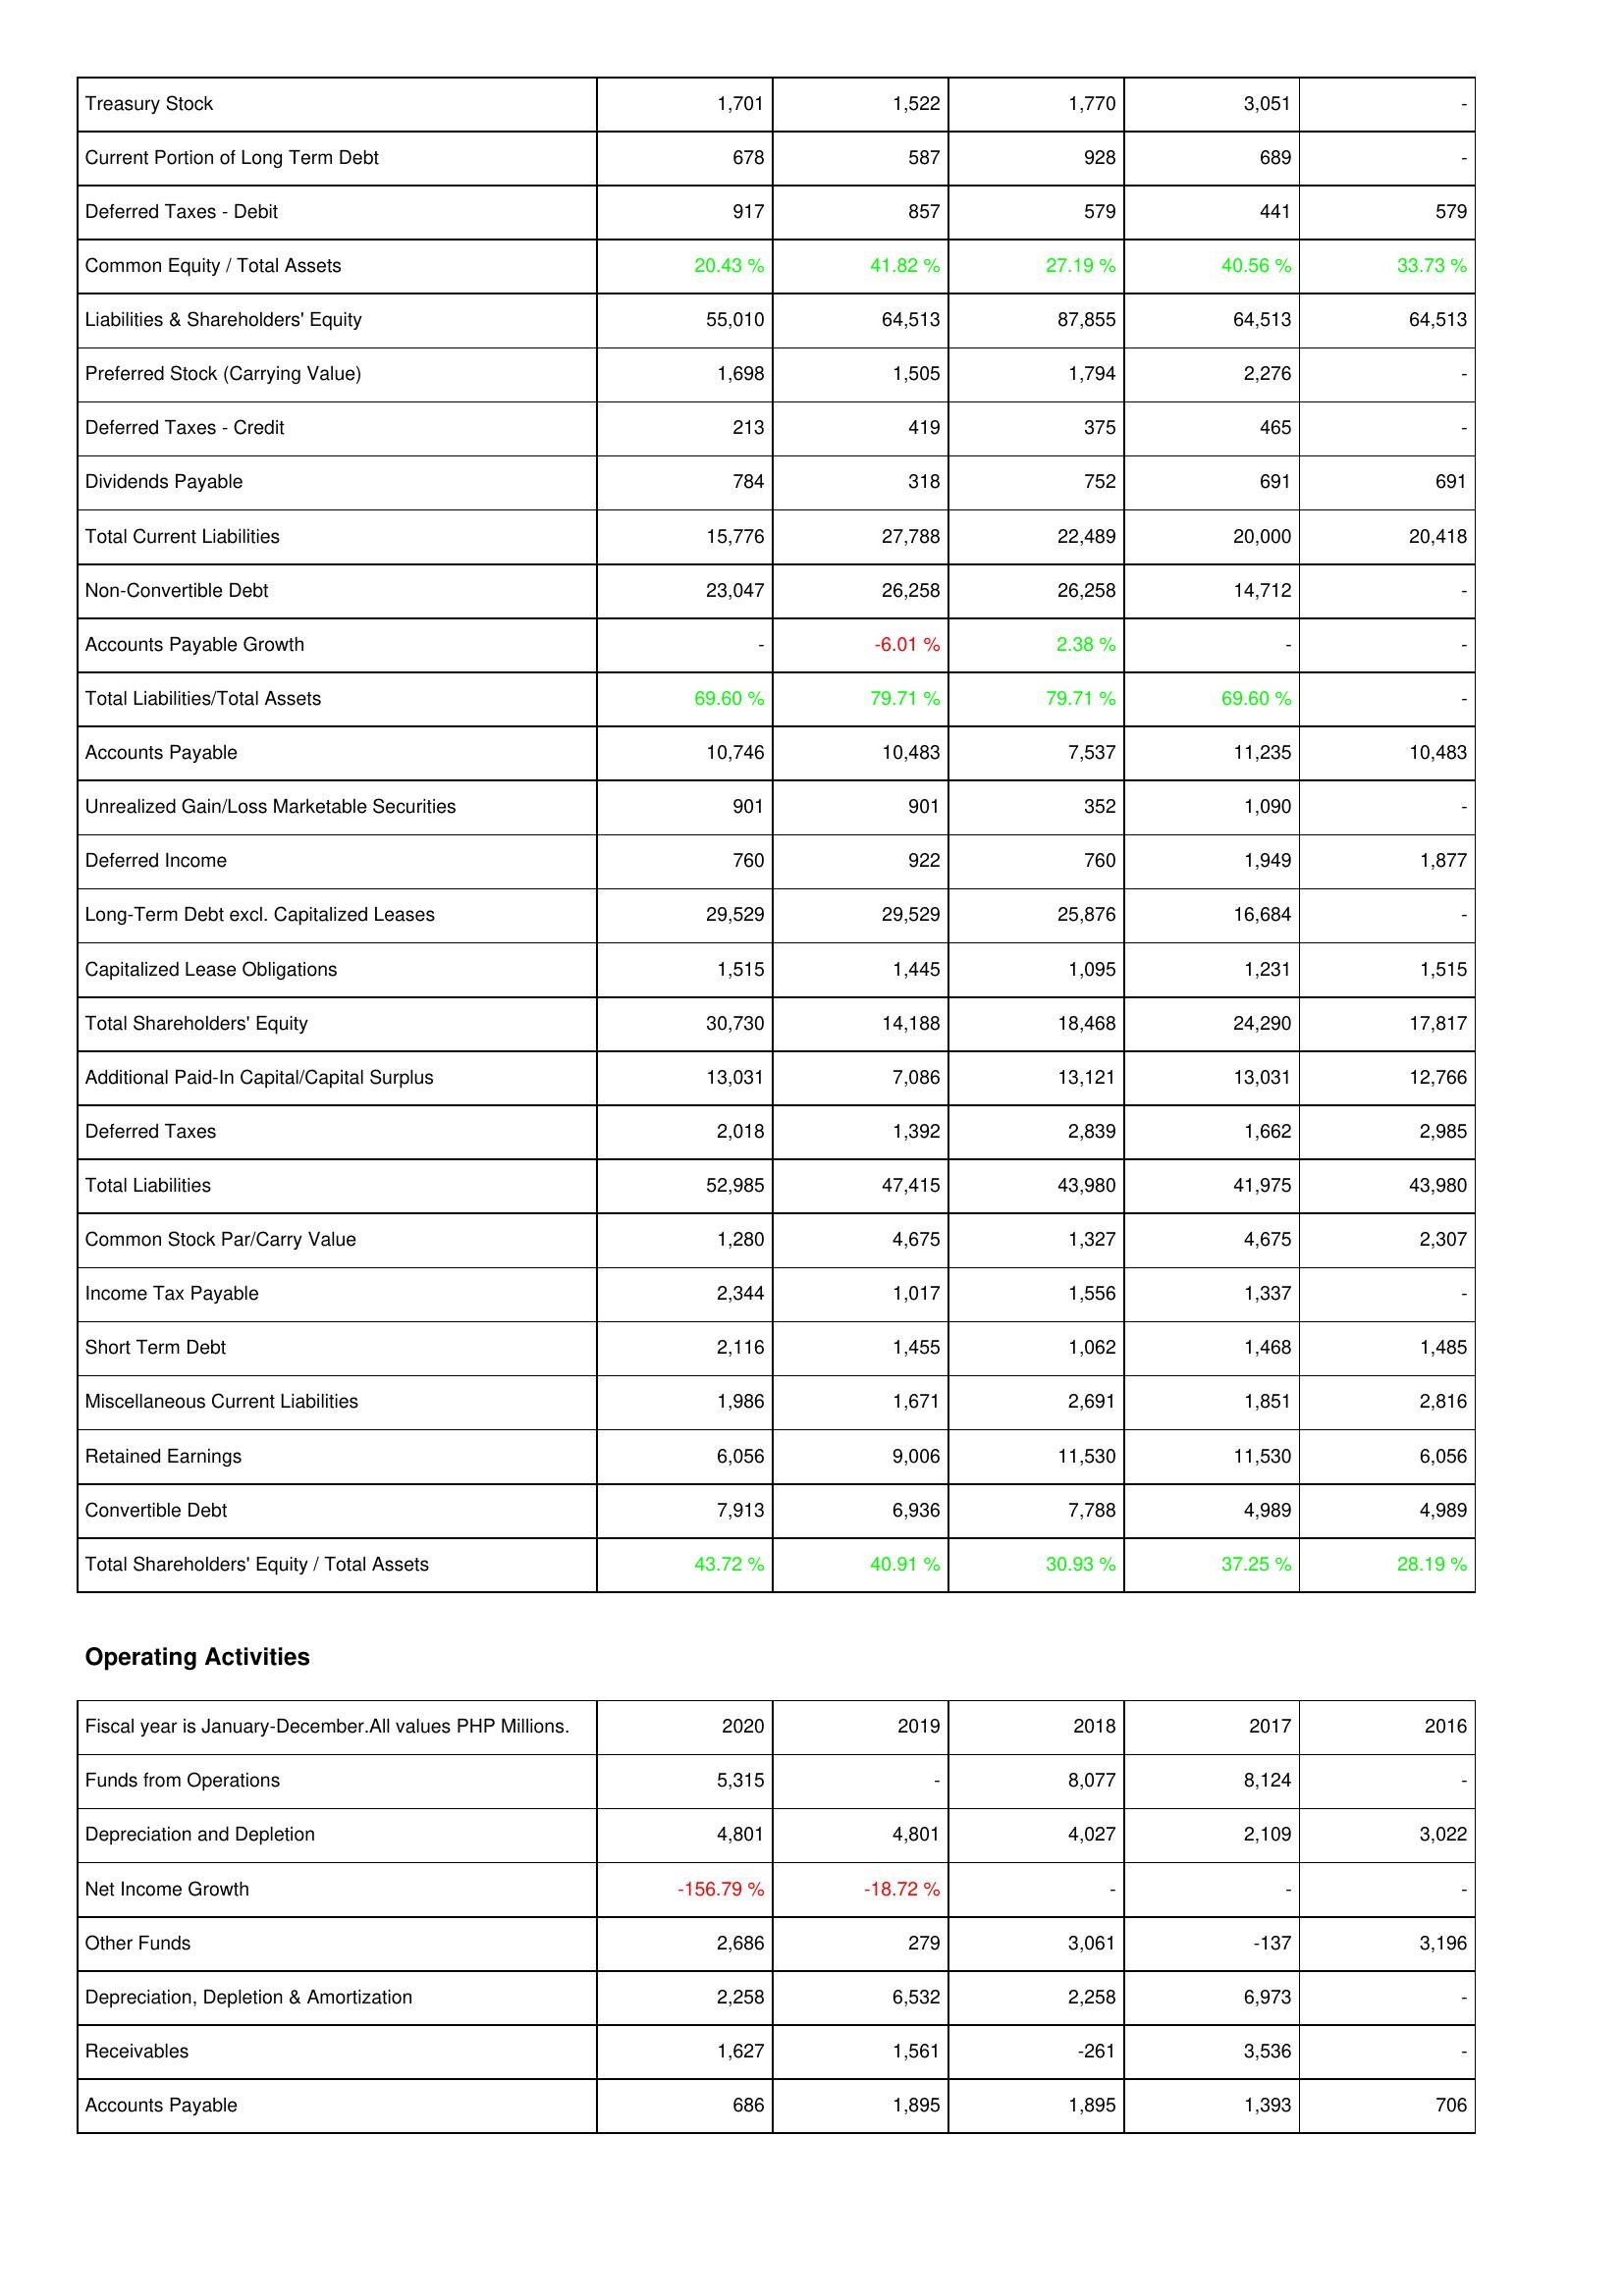
2020: Liabilities & Shareholders' Equity: Treasury Stock: 1,701
Current Portion of Long Term Debt: 678
Deferred Taxes - Debit: 917
Common Equity / Total Assets: 20.43 %
Liabilities & Shareholders' Equity: 55,010
Preferred Stock (Carrying Value): 1,698
Deferred Taxes - Credit: 213
Dividends Payable: 784
Total Current Liabilities: 15,776
Non-Convertible Debt: 23,047
Accounts Payable Growth: -
Total Liabilities/Total Assets: 69.60 %
Accounts Payable: 10,746
Unrealized Gain/Loss Marketable Securities: 901
Deferred Income: 760
Long-Term Debt excl. Capitalized Leases: 29,529
Capitalized Lease Obligations: 1,515
Total Shareholders' Equity: 30,730
Additional Paid-In Capital/Capital Surplus: 13,031
Deferred Taxes: 2,018
Total Liabilities: 52,985
Common Stock Par/Carry Value: 1,280
Income Tax Payable: 2,344
Short Term Debt: 2,116
Miscellaneous Current Liabilities: 1,986
Retained Earnings: 6,056
Convertible Debt: 7,913
Total Shareholders' Equity / Total Assets: 43.72 %
Operating Activities: Funds from Operations: 5,315
Depreciation and Depletion: 4,801
Net Income Growth: -156.79 %
Other Funds: 2,686
Depreciation, Depletion & Amortization: 2,258
Receivables: 1,627
Accounts Payable: 686
2019: Liabilities & Shareholders' Equity: Treasury Stock: 1,522
Current Portion of Long Term Debt: 587
Deferred Taxes - Debit: 857
Common Equity / Total Assets: 41.82 %
Liabilities & Shareholders' Equity: 64,513
Preferred Stock (Carrying Value): 1,505
Deferred Taxes - Credit: 419
Dividends Payable: 318
Total Current Liabilities: 27,788
Non-Convertible Debt: 26,258
Accounts Payable Growth: -6.01 %
Total Liabilities/Total Assets: 79.71 %
Accounts Payable: 10,483
Unrealized Gain/Loss Marketable Securities: 901
Deferred Income: 922
Long-Term Debt excl. Capitalized Leases: 29,529
Capitalized Lease Obligations: 1,445
Total Shareholders' Equity: 14,188
Additional Paid-In Capital/Capital Surplus: 7,086
Deferred Taxes: 1,392
Total Liabilities: 47,415
Common Stock Par/Carry Value: 4,675
Income Tax Payable: 1,017
Short Term Debt: 1,455
Miscellaneous Current Liabilities: 1,671
Retained Earnings: 9,006
Convertible Debt: 6,936
Total Shareholders' Equity / Total Assets: 40.91 %
Operating Activities: Funds from Operations: -
Depreciation and Depletion: 4,801
Net Income Growth: -18.72 %
Other Funds: 279
Depreciation, Depletion & Amortization: 6,532
Receivables: 1,561
Accounts Payable: 1,895
2018: Liabilities & Shareholders' Equity: Treasury Stock: 1,770
Current Portion of Long Term Debt: 928
Deferred Taxes - Debit: 579
Common Equity / Total Assets: 27.19 %
Liabilities & Shareholders' Equity: 87,855
Preferred Stock (Carrying Value): 1,794
Deferred Taxes - Credit: 375
Dividends Payable: 752
Total Current Liabilities: 22,489
Non-Convertible Debt: 26,258
Accounts Payable Growth: 2.38 %
Total Liabilities/Total Assets: 79.71 %
Accounts Payable: 7,537
Unrealized Gain/Loss Marketable Securities: 352
Deferred Income: 760
Long-Term Debt excl. Capitalized Leases: 25,876
Capitalized Lease Obligations: 1,095
Total Shareholders' Equity: 18,468
Additional Paid-In Capital/Capital Surplus: 13,121
Deferred Taxes: 2,839
Total Liabilities: 43,980
Common Stock Par/Carry Value: 1,327
Income Tax Payable: 1,556
Short Term Debt: 1,062
Miscellaneous Current Liabilities: 2,691
Retained Earnings: 11,530
Convertible Debt: 7,788
Total Shareholders' Equity / Total Assets: 30.93 %
Operating Activities: Funds from Operations: 8,077
Depreciation and Depletion: 4,027
Net Income Growth: -
Other Funds: 3,061
Depreciation, Depletion & Amortization: 2,258
Receivables: -261
Accounts Payable: 1,895
2017: Liabilities & Shareholders' Equity: Treasury Stock: 3,051
Current Portion of Long Term Debt: 689
Deferred Taxes - Debit: 441
Common Equity / Total Assets: 40.56 %
Liabilities & Shareholders' Equity: 64,513
Preferred Stock (Carrying Value): 2,276
Deferred Taxes - Credit: 465
Dividends Payable: 691
Total Current Liabilities: 20,000
Non-Convertible Debt: 14,712
Accounts Payable Growth: -
Total Liabilities/Total Assets: 69.60 %
Accounts Payable: 11,235
Unrealized Gain/Loss Marketable Securities: 1,090
Deferred Income: 1,949
Long-Term Debt excl. Capitalized Leases: 16,684
Capitalized Lease Obligations: 1,231
Total Shareholders' Equity: 24,290
Additional Paid-In Capital/Capital Surplus: 13,031
Deferred Taxes: 1,662
Total Liabilities: 41,975
Common Stock Par/Carry Value: 4,675
Income Tax Payable: 1,337
Short Term Debt: 1,468
Miscellaneous Current Liabilities: 1,851
Retained Earnings: 11,530
Convertible Debt: 4,989
Total Shareholders' Equity / Total Assets: 37.25 %
Operating Activities: Funds from Operations: 8,124
Depreciation and Depletion: 2,109
Net Income Growth: -
Other Funds: -137
Depreciation, Depletion & Amortization: 6,973
Receivables: 3,536
Accounts Payable: 1,393
2016: Liabilities & Shareholders' Equity: Treasury Stock: -
Current Portion of Long Term Debt: -
Deferred Taxes - Debit: 579
Common Equity / Total Assets: 33.73 %
Liabilities & Shareholders' Equity: 64,513
Preferred Stock (Carrying Value): -
Deferred Taxes - Credit: -
Dividends Payable: 691
Total Current Liabilities: 20,418
Non-Convertible Debt: -
Accounts Payable Growth: -
Total Liabilities/Total Assets: -
Accounts Payable: 10,483
Unrealized Gain/Loss Marketable Securities: -
Deferred Income: 1,877
Long-Term Debt excl. Capitalized Leases: -
Capitalized Lease Obligations: 1,515
Total Shareholders' Equity: 17,817
Additional Paid-In Capital/Capital Surplus: 12,766
Deferred Taxes: 2,985
Total Liabilities: 43,980
Common Stock Par/Carry Value: 2,307
Income Tax Payable: -
Short Term Debt: 1,485
Miscellaneous Current Liabilities: 2,816
Retained Earnings: 6,056
Convertible Debt: 4,989
Total Shareholders' Equity / Total Assets: 28.19 %
Operating Activities: Funds from Operations: -
Depreciation and Depletion: 3,022
Net Income Growth: -
Other Funds: 3,196
Depreciation, Depletion & Amortization: -
Receivables: -
Accounts Payable: 706